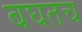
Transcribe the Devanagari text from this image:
बघतच